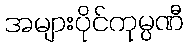
အများပိုင်ကုမ္ပဏီ